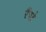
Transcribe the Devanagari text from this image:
रैंपर्ट